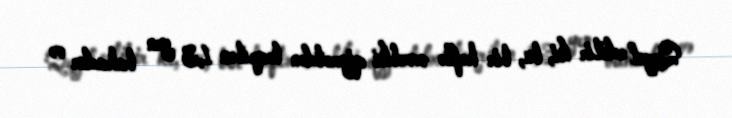
Qeyd edilir ki, bu, bir həftə əvvəlki qiymətdən təqribən 1,3 yen bahadır və